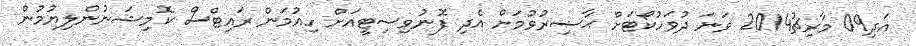
އަދި09 މާރިޗު2014 ވަނަ ދުވަހުކޯޓަށް ޙާޟިރުވުމަށް އެދި ފޮނުވިސިޓީއަށް ހިއުމަން ރައިޓްސް ކޮމިޝަނުންލިޔުމުން